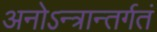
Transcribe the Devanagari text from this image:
अनोऽन्त्रान्तर्गतं